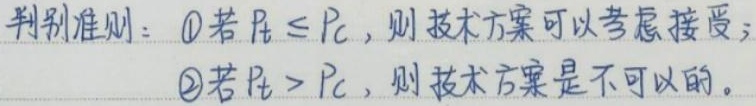
判别准则：\textcircled{1}若$P_t\leq P_c$，则技术方案可以考虑接受；
\textcircled{2}若$P_t > P_c$，则技术方案是不可以的。